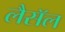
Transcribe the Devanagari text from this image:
लैसॅल